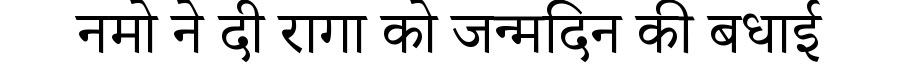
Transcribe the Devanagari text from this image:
नमो ने दी रागा को जन्मदिन की बधाई